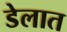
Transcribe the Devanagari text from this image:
डेलात